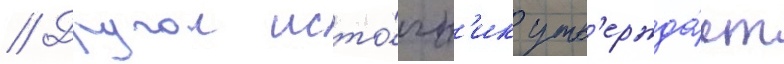
// Другои исто́чн'ик утв'ержда́ет